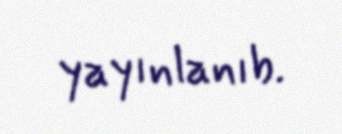
yayınlanıb.